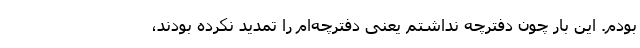
بودم. این بار چون دفترچه نداشتم یعنی دفترچه‌ام را تمدید نکرده بودند،